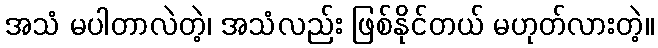
အသံ မပါတာလဲတဲ့၊ အသံလည်း ဖြစ်နိုင်တယ် မဟုတ်လားတဲ့။